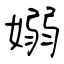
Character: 嫋